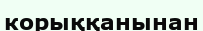
корыққанынан